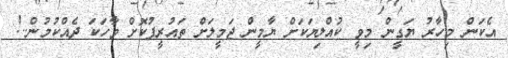
އެކަން މިހާރު ޔަގީން މިވީ ކުއްލިޔަކަށް ޔާމީން ޖަމީލަށް ތައުރީފުކޮށް ވާހަކަ ދެއްކުމުން..!